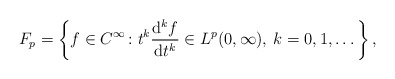
\begin{align*} F_p=\left\{f\in C^{\infty} \colon t^k \frac{\mathrm d^k f}{\mathrm dt^k} \in L^p(0, \infty), \: k=0,1,\dots\right\}, \end{align*}